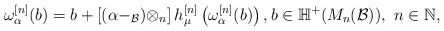
\begin{align*}\omega_\alpha^{[n]}(b)=b+\left[(\alpha-_\mathcal B)\otimes_n\right]h_{\mu}^{[n]}\left(\omega_\alpha^{[n]}(b)\right),b\in\mathbb H^+(M_n(\mathcal B)),\ n\in\mathbb N,\end{align*}